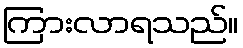
ကြားလာရသည်။